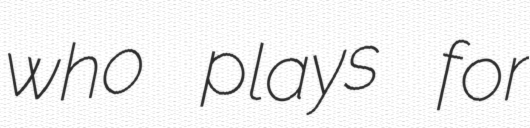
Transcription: who plays for